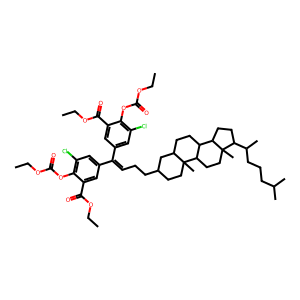
SMILES: CCOC(=O)Oc1c(Cl)cc(C(=CCCC2CCC3(C)C(CCC4C3CCC3(C)C(C(C)CCCC(C)C)CCC43)C2)c2cc(Cl)c(OC(=O)OCC)c(C(=O)OCC)c2)cc1C(=O)OCC
Inhibits HIV replication: No